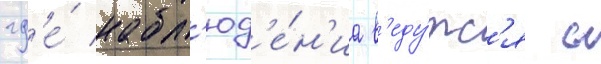
гд'е́ набл'юд'е́н'иа в'еду́тс'я с